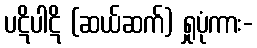
ပဋိပါဋိ (ဆယ်ဆက်) ရှုပုံကား-